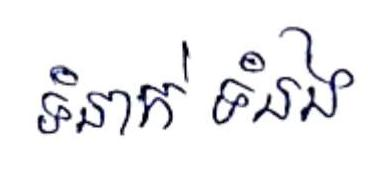
ទំនាក់ ទំនង